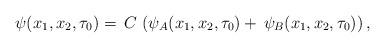
LaTeX: \begin{align*}\psi(x_1,x_2,\tau_0)=\, C\,\left(\psi_A(x_1,x_2,\tau_0)+\,\psi_B(x_1,x_2,\tau_0)\right), \end{align*}